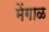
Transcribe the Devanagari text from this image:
मेंगाळ